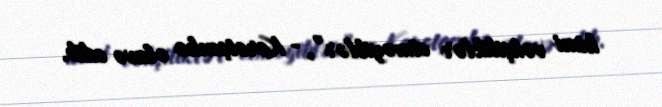
kimi vəhşiliklər etməyiblər”, - Korotçenko əlavə edib.